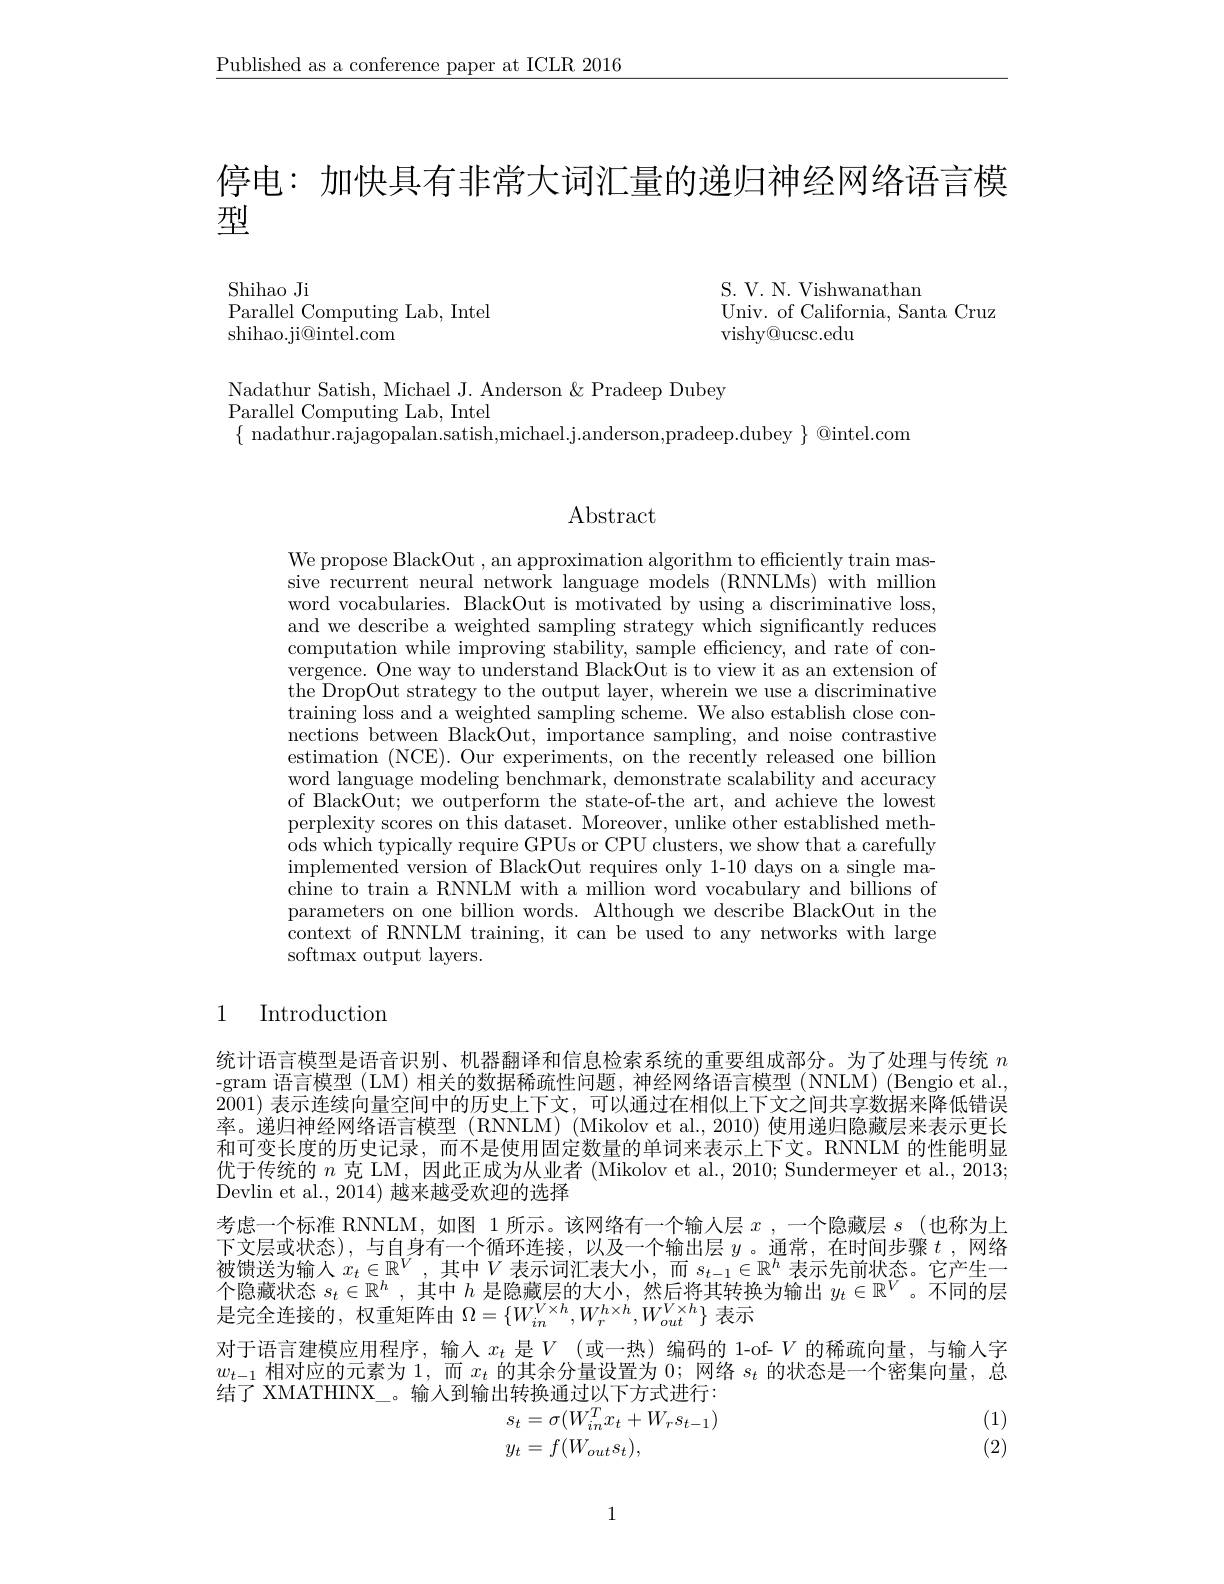
$\underline{\text{Published as a conference paper at ICLR 2016}}$

停电：加快具有非常大词汇量的递归神经网络语言模

型

S. V. N. Vishwanathan
Univ. of California, Santa Cruz
vishy@ucsc.edu

Shihao Ji
Parallel Computing Lab, Intel
shihao.ji@intel.com

Nadathur Satish, Michael J. Anderson & Pradeep Dubey
$\mathop{\mathrm{Parallel~Computing~Lab,~Intel}}$
$\{$ nadathur.rajagopalan.satish,michael.j.anderson,pradeep.dubey $\}$ @intel.com

Abstract

We propose BlackOut , an approximation algorithm to efficiently train massive recurrent neural network language models (RNNLMs) with million word vocabularies. BlackOut is motivated by using a discriminative loss, and we describe a weighted sampling strategy which significantly reduces computation while improving stability, sample efficiency, and rate of convergence. One way to understand BlackOut is to view it as an extension of the DropOut strategy to the output layer, wherein we use a discriminative training loss and a weighted sampling scheme. We also establish close connections between BlackOut, importance sampling, and noise contrastive estimation (NCE). Our experiments, on the recently released one billion word language modeling benchmark, demonstrate scalability and accuracy of BlackOut; we outperform the state-of-the art, and achieve the lowest perplexity scores on this dataset. Moreover, unlike other established methods which typically require GPUs or CPU clusters, we show that a carefully $\begin{array}{cc}\text{implemented version of BlackOut requires only 1-10 days on a single ma-}\\\end{array}$ chine to train a RNNLM with a million word vocabulary and billions of parameters on one billion words. Although we describe BlackOut in the context of RNNLM training, it can be used to any networks with large softmax output layers.

# 1 Introduction

统计语言模型是语音识别、机器翻译和信息检索系统的重要组成部分。为了处理与传统$n$ -gram 语言模型 (LM) 相关的数据稀疏性问题，神经网络语言模型 (NNLM) (Bengio et al, 2001) 表示连续向量空间中的历史上下文，可以通过在相似上下文之间共享数据来降低错误率。递归神经网络语言模型 (RNNLM) (Mikolov et al., 2010) 使用递归隐藏层来表示更长和可变长度的历史记录，而不是使用固定数量的单词来表示上下文。RNNLM 的性能明显优于传统的$n$克 LM, 因此正成为从业者 (Mikolov et al., 2010; Sundermeyer et al., 2013; Devlin et al., 2014) 越来越受欢迎的选择
考虑一个标准 RNNLM,如图 1 所示。该网络有一个输人层$x$ ,一个隐藏层$s$ (也称为上下 文 层 或 状 态 ) , 与 自 身 有 一 个 循 环 连 接 , 以 及 一 个 输 出 层 $y$。通 常 , 在 时 间 步 骤 $t$ , 网 络 被 馈 送 为 输 入 $x_t\in \mathbb{R} ^V$,其 中 $V$ 表 示 词 汇 表 大 小 , 而 $s_{t- 1}\in \mathbb{R} ^h$ 表 示 先 前 状 态 。它 产 生 一个隐藏状态$s_t\in \mathbb{R} ^h$ , 其中$h$是隐藏层的大小，然后将其转换为输出$y_t\in\mathbb{R}^V$ 。不同的层是完全连接的，权重矩阵由$\Omega=\{W_in^{V\times h},W_r^{h\times h},W_{out}^{V\times h}\}$表示
对于语言建模应用程序，输人$x_t$是$V$ (或一热) 编码的 1-of- $V$的稀疏向量，与输人字$w_{t-1}$相对应的元素为1，而$x_t$的其余分量设置为0；网络$s_t$的状态是一个密集向量，总结了 XMATHINX\_。输入到输出转换通过以下方式进行：
$$\begin{aligned}&\text{11111111111111}\\&s_{t}=\sigma(W_{in}^{T}x_{t}+W_{r}s_{t-1})\end{aligned}$$
(1) (2)

1